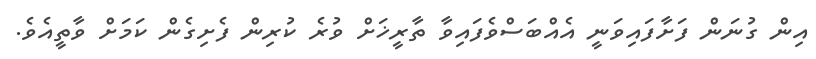
އިން ގުނަން ފަށާފައިވަނީ އެއްބަސްވެފައިވާ ތާރީޚަށް ވުރެ ކުރިން ފެށިގެން ކަމަށް ވާތީއެވެ.